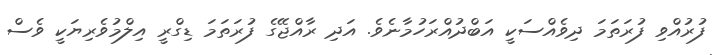
ފުރުއްވި ފުރަތަމަ ދިވެއްސަކީ އަބްދުއްރަހުމާނެވެ. އަދި ރާއްޖޭގެ ފުރަތަމަ ޑިގްރީ އިލްމުވެރިޔަކީ ވެސް